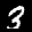
Label: 3